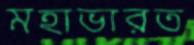
মহাভারত